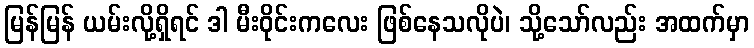
မြန်မြန် ယမ်းလို့ရှိရင် ဒါ မီးဝိုင်းကလေး ဖြစ်နေသလိုပဲ၊ သို့သော်လည်း အထက်မှာ